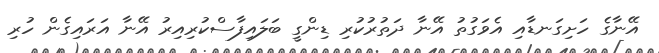
އޭނާގެ ހަށިގަނޑާއި އެވަގުތު އޭނާ ދަތުރުކުރި ޑިންގީ ބަލައިފާސްކުރިއިރު އޭނާ އަރައިގެން ހުރި